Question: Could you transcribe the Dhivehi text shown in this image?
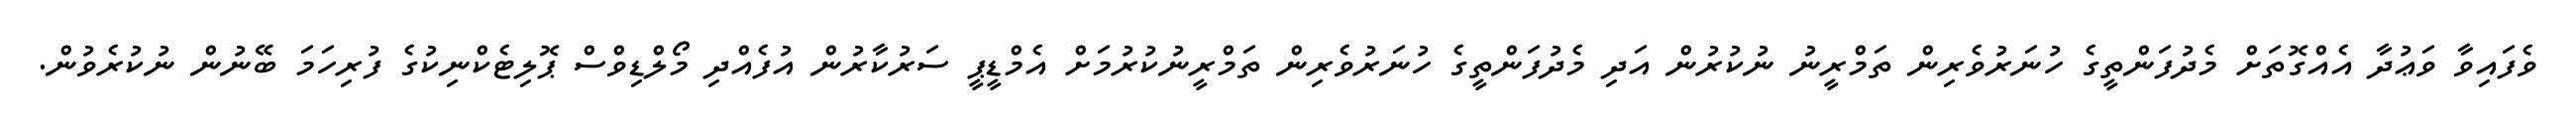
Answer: ވެފައިވާ ވަޢުދާ އެއްގޮތަށް މެދުފަންތީގެ ހުނަރުވެރިން ތަމްރީނު ނުކުރުން އަދި މެދުފަންތީގެ ހުނަރުވެރިން ތަމްރީނުކުރުމަށް އެމްޑީޕީ ސަރުކާރުން އުފެއްދި މޯލްޑިވްސް ޕޮލިޓެކްނިކުގެ ފުރިހަމަ ބޭނުން ނުކުރެވުން.